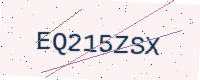
Text: EQ215ZSX